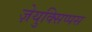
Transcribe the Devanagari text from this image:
ज़ेयुक्सिप्पस